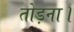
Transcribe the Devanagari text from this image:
तोड़ना।